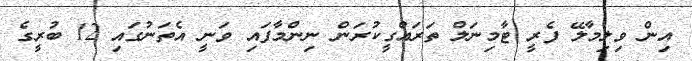
އިން ވިލިމާލޭ ފެރީ ޓާމިނަލް ތަރައްގީކުރަން ނިންމާފައި ވަނީ އެތަނުގައި 12 ބުރީގެ